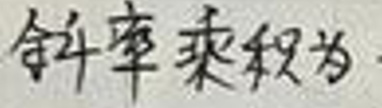
令斜率为\(k\)来求解。